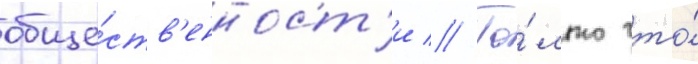
обще́ств'енност'и // То́лько что́